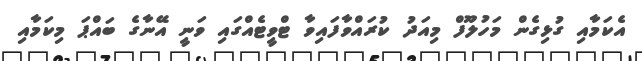
އެކަމާއި ގުޅިގެން މަހުލޫފް މިއަދު ކުރައްވާފައިވާ ޓްވީޓެއްގައި ވަނީ އޭނާގެ ބައްޕަ މިކަމާއި